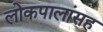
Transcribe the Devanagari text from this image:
लोकपालांसह